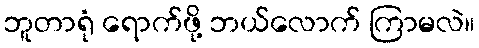
ဘူတာရုံ ရောက်ဖို့ ဘယ်လောက် ကြာမလဲ။